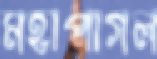
মহাপাগল